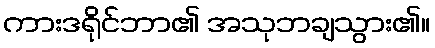
ကားဒရိုင်ဘာ၏ အသုဘချသွား၏။